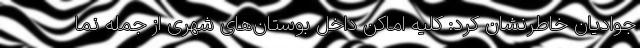
جوادیان خاطرنشان کرد: کلیه اماکن داخل بوستان‌های شهری از جمله نما